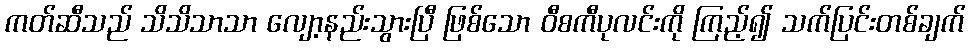
ကတ်ဆီသည် သိသိသာသာ လျော့နည်းသွားပြီ ဖြစ်သော ဝီစကီပုလင်းကို ကြည့်၍ သက်ပြင်းတစ်ချက်